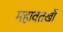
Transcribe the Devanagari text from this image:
महावतखाँ